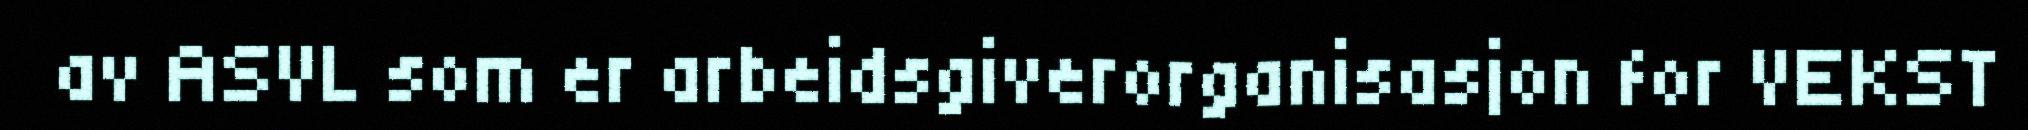
av ASVL som er arbeidsgiverorganisasjon for VEKST